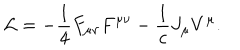
{ \cal L } = - { \frac { 1 } { 4 } } F _ { \mu \nu } F ^ { \mu \nu } - { \frac { 1 } { c } } J _ { \mu } V ^ { \mu } .